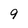
Character: 9